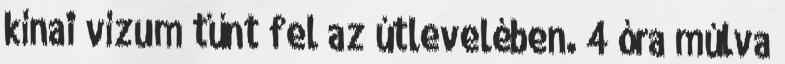
kínai vízum tűnt fel az útlevelében. 4 óra múlva